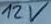
Text: 12 V